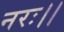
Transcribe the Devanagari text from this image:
नरः।।